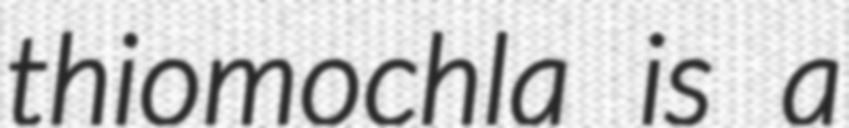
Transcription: thiomochla is a